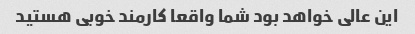
این عالی خواهد بود شما واقعا کارمند خوبی هستید